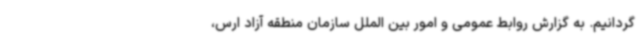
گردانیم. به گزارش روابط عمومی و امور بین الملل سازمان منطقه آزاد ارس،